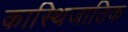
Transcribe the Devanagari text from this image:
कास्थिजातिक